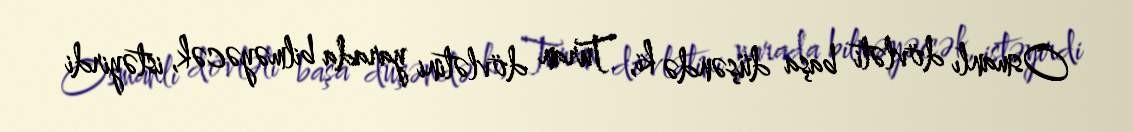
Osmanlı dövləti başa düşəndə ki, Turan dövlətini yarada bilməyəcək, istəyirdi